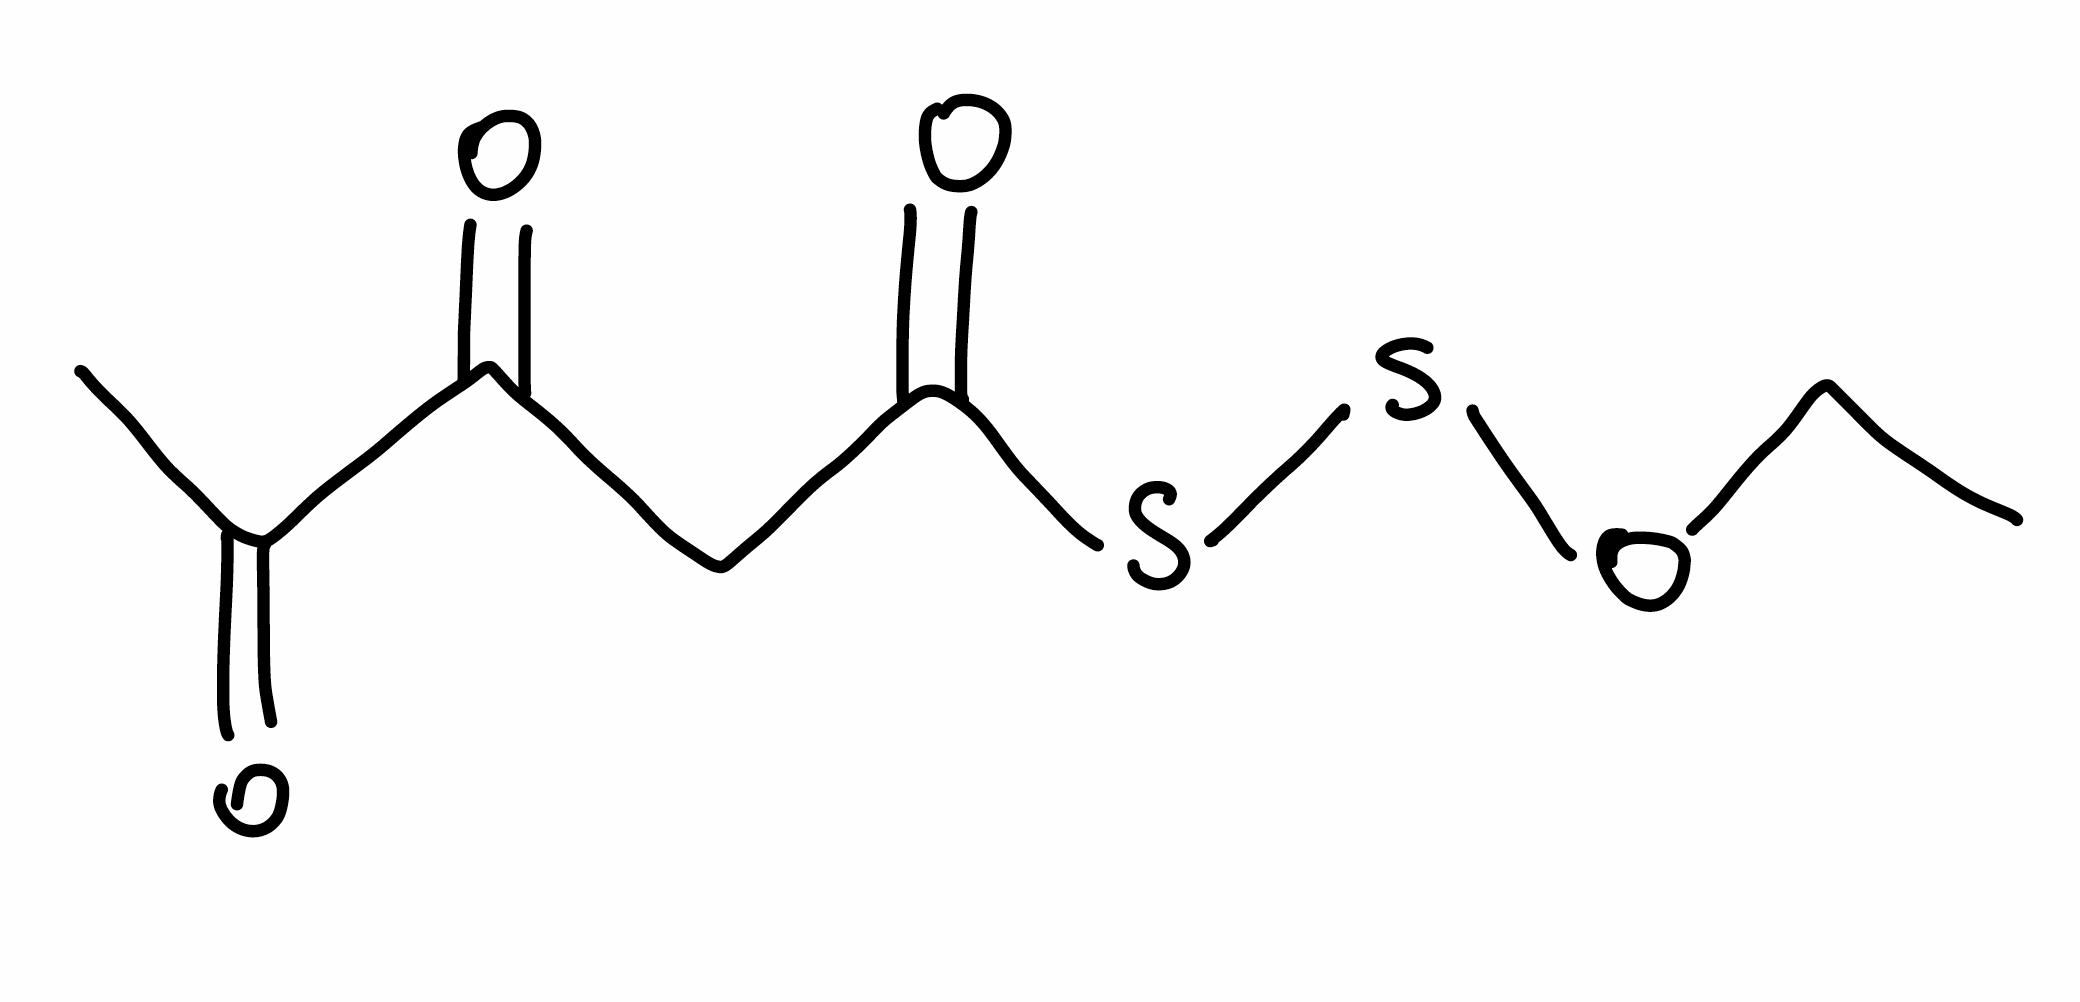
Simplified molecular-input line-entry system (SMILES) notation of the given molecule:
CCOSSC(=O)CC(=O)C(=O)C